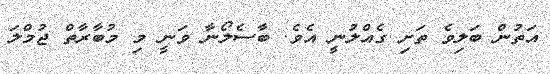
އަތުން ބަލިވެ ތަށި ގެއްލުނީ އެވެ. ބާސެލޯނާ ވަނީ މި މުބާރާތް ޖުމްލަ